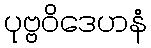
ပုဗ္ဗဝိဒေဟနံ